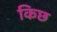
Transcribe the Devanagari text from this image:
किछ